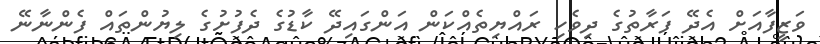
ވަޒީފާއަށް އެދޭ ފަރާތުގެ ދިވެހި ރައްޔިތެއްކަން އަންގައިދޭ ކާޑުގެ ދެފުށުގެ ލިޔުންތައް ފެންނާނޭ